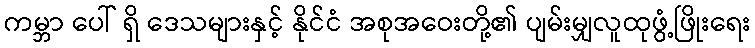
ကမ္ဘာ ပေါ် ရှိ ဒေသများနှင့် နိုင်ငံ အစုအဝေးတို့၏ ပျမ်းမျှလူထုဖွံ့ဖြိုးရေး